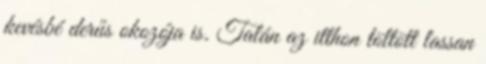
kevésbé derűs okozója is. Talán az itthon töltött lassan